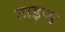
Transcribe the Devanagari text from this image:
टाइप्ड